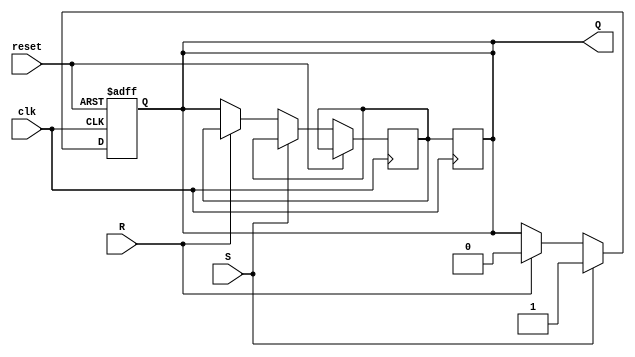
module MstrSlaveSRFF (
  input S,
  input R,
  input clk,
  input reset,
  output reg Q
);

reg temp;

always @(posedge clk or posedge reset) begin
  if (reset) begin
    Q <= 1'b0;
  end else begin
    if (S) begin
      Q <= 1'b1;
    end else if (R) begin
      Q <= 1'b0;
    end else begin
      temp <= Q;
    end
  end
end

always @(posedge clk) begin
  Q <= temp;
end

endmodule